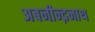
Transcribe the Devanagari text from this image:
अबनीन्द्ननाथ